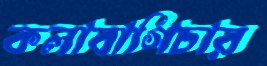
কলাবাগিচার